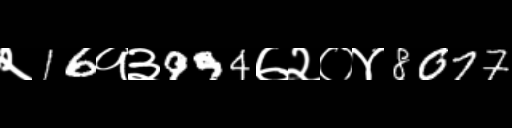
Text: २16१३994७२०४8077